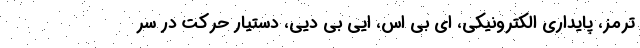
ترمز، پایداری الکترونیکی، ای بی اس، ایی بی دیی، دستیار حرکت در سر